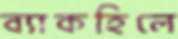
ব্যাকহিলে